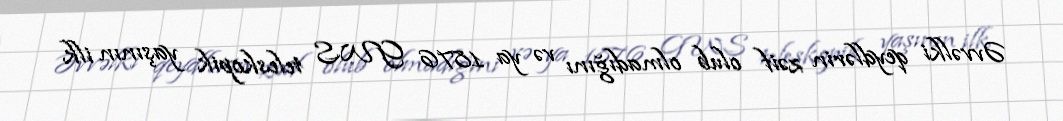
Əvvəlki qeydlərin zəif olub olmadığını və ya 1876 GWS teleskopik yaşının ilk